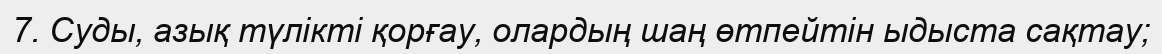
7. Суды, азық түлікті қорғау, олардың шаң өтпейтін ыдыста сақтау;